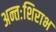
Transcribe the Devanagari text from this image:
अन्तःशिराभ